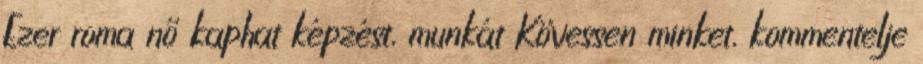
Ezer roma nő kaphat képzést, munkát Kövessen minket, kommentelje